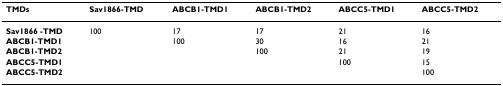
<table><thead><tr><td><b>TMDs</b></td><td><b>Sav1866-TMD</b></td><td><b>ABCB1-TMD1</b></td><td><b>ABCB1-TMD2</b></td><td><b>ABCC5-TMD1</b></td><td><b>ABCC5-TMD2</b></td></tr></thead><tbody><tr><td><b>Sav1866 -TMD</b></td><td>100</td><td>17</td><td>17</td><td>21</td><td>16</td></tr><tr><td><b>ABCB1-TMD1</b></td><td></td><td>100</td><td>30</td><td>16</td><td>21</td></tr><tr><td><b>ABCB1-TMD2</b></td><td></td><td></td><td>100</td><td>21</td><td>19</td></tr><tr><td><b>ABCC5-TMD1</b></td><td></td><td></td><td></td><td>100</td><td>15</td></tr><tr><td><b>ABCC5-TMD2</b></td><td></td><td></td><td></td><td></td><td>100</td></tr></tbody></table>